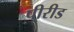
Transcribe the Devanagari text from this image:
पीरीड